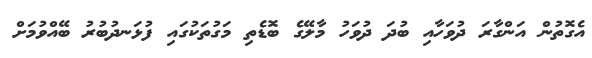
އެގޮތުން އަންގާރަ ދުވަހާއި ބުދަ ދުވަހު މާލޭގެ ބޮޑެތި މަގުތަކުގައި ފުޅަނދުބުރު ބޭއްވުމަށް